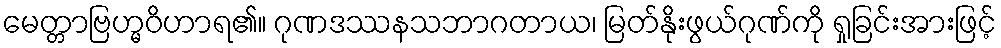
မေတ္တာဗြဟ္မဝိဟာရ၏။ ဂုဏဒဿနသဘာဂတာယ၊ မြတ်နိုးဖွယ်ဂုဏ်ကို ရှုခြင်းအားဖြင့်